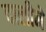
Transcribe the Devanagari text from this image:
दालीने